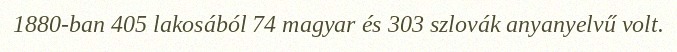
1880-ban 405 lakosából 74 magyar és 303 szlovák anyanyelvű volt.